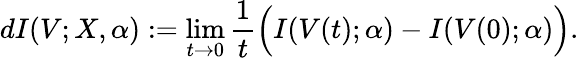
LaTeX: dI(V;X,\alpha):=\operatorname*{lim}_{t\to 0}\frac{1}{t}\Big(I(V(t);\alpha)-I(V(0);\alpha)\Big).